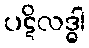
ပဋိလဒ္ဓါ